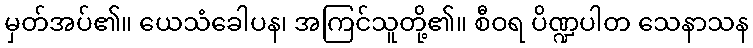
မှတ်အပ်၏။ ယေသံခေါပန၊ အကြင်သူတို့၏။ စီဝရ ပိဏ္ဍပါတ သေနာသန